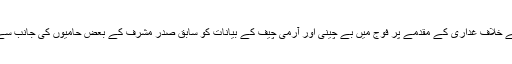
یاد رہے کہ سابق صدر جنرل (ر)پرویز مشرف کے خلاف غداری کے مقدمے پر فوج میں بے چینی اور آرمی چیف کے بیانات کو سابق صدر مشرف کے بعض حامیوں کی جانب سے جان بوجھ کر بڑھا چڑھا کر پیش کیا جا رہا ہے۔